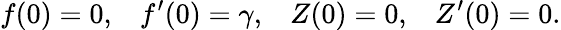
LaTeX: f(0)=0,\; \; \; f^{\prime}(0)=\gamma,\; \; \; Z(0)=0,\; \; \; Z^{\prime}(0)=0.